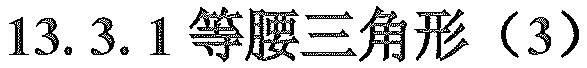
13.3.1等腰三角形（3）